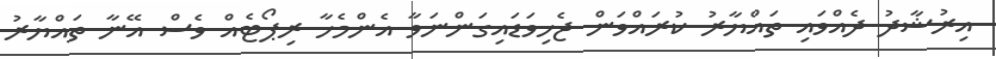
އިރުޝާދު ދެއްވައި ތައްޔާރު ކުރައްވަން ޖެހިވަޑައިގަންނަވާ އެންމެހާ ރިޕޯޓެއް ވެސް އޭނާ ތައްޔާރު